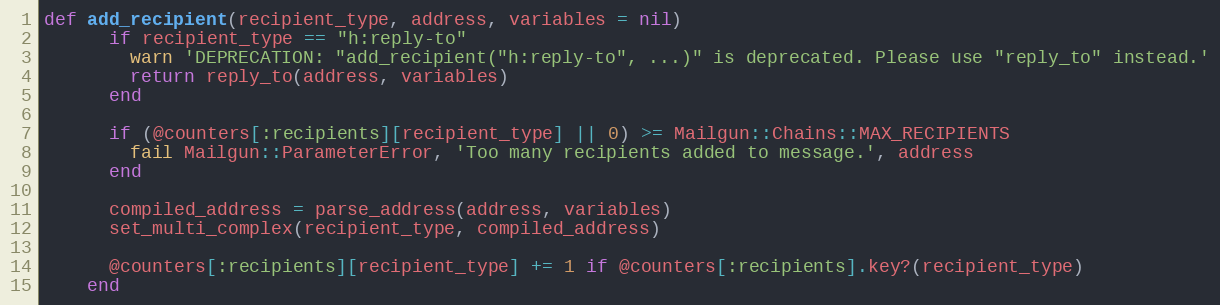
Language: Ruby
def add_recipient(recipient_type, address, variables = nil)
      if recipient_type == "h:reply-to"
        warn 'DEPRECATION: "add_recipient("h:reply-to", ...)" is deprecated. Please use "reply_to" instead.'
        return reply_to(address, variables)
      end

      if (@counters[:recipients][recipient_type] || 0) >= Mailgun::Chains::MAX_RECIPIENTS
        fail Mailgun::ParameterError, 'Too many recipients added to message.', address
      end

      compiled_address = parse_address(address, variables)
      set_multi_complex(recipient_type, compiled_address)

      @counters[:recipients][recipient_type] += 1 if @counters[:recipients].key?(recipient_type)
    end